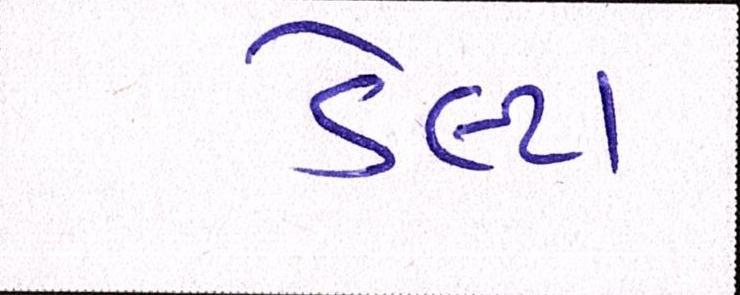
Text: ડેલ્ટા